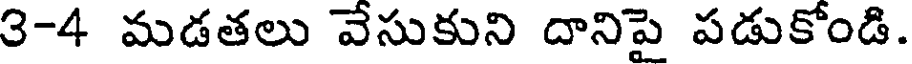
3-4 మడతలు వేసుకుని దానిపై పడుకోండి.